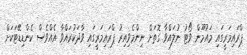
ޕްރައިމަރީގައި މައުމޫން ވޯޓު ނުލައްވާ ގޮތަށް ނިންމެވިއިރު ޕްރައިމަރީގައި ވާދަކުރައްވާ އެއްވެސް ކެންޑިޑޭޓަކަށް